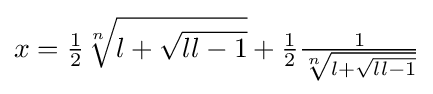
x={\tfrac {1}{2}}{\sqrt[{n}]{l+{\sqrt {ll-1}}}}+{\tfrac {1}{2}}{\tfrac {1}{\sqrt[{n}]{l+{\sqrt {ll-1}}}}}